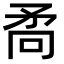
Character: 𭿷